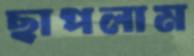
ছাপলাম